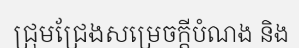
ជ្រុមជ្រែងសម្រេចក្តីបំណង និង